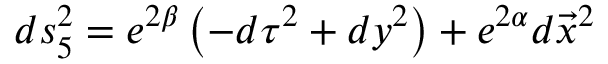
d s _ { 5 } ^ { 2 } = e ^ { 2 \beta } \left( - d \tau ^ { 2 } + d y ^ { 2 } \right) + e ^ { 2 \alpha } d \vec { x } ^ { 2 }